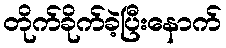
တိုက်ခိုက်ခဲ့ပြီးနောက်